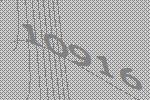
10916